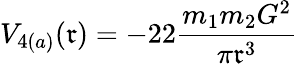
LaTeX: V_{4(a)}(\mathfrak{r})=-22\frac{{m_{1}m_{2}G^{2}}}{{\pi\mathfrak{r}^{3}}}